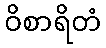
ဝိစာရိတံ